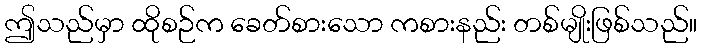
ဤသည်မှာ ထိုစဉ်က ခေတ်စားသော ကစားနည်း တစ်မျိုးဖြစ်သည်။